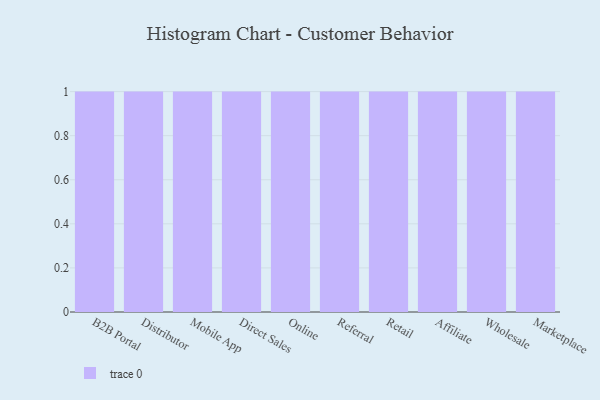
{"axis": {"x": "Channel", "y": "Gross Profit (USD K)"}, "legend": [""], "data": [{"x": "B2B Portal", "y": 2, "type": ""}, {"x": "Distributor", "y": 50, "type": ""}, {"x": "Mobile App", "y": 25, "type": ""}, {"x": "Direct Sales", "y": 64, "type": ""}, {"x": "Online", "y": 86, "type": ""}, {"x": "Referral", "y": 34, "type": ""}, {"x": "Retail", "y": 40, "type": ""}, {"x": "Affiliate", "y": 34, "type": ""}, {"x": "Wholesale", "y": 19, "type": ""}, {"x": "Marketplace", "y": 36, "type": ""}]}